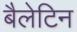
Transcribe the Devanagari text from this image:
बैलेटिन